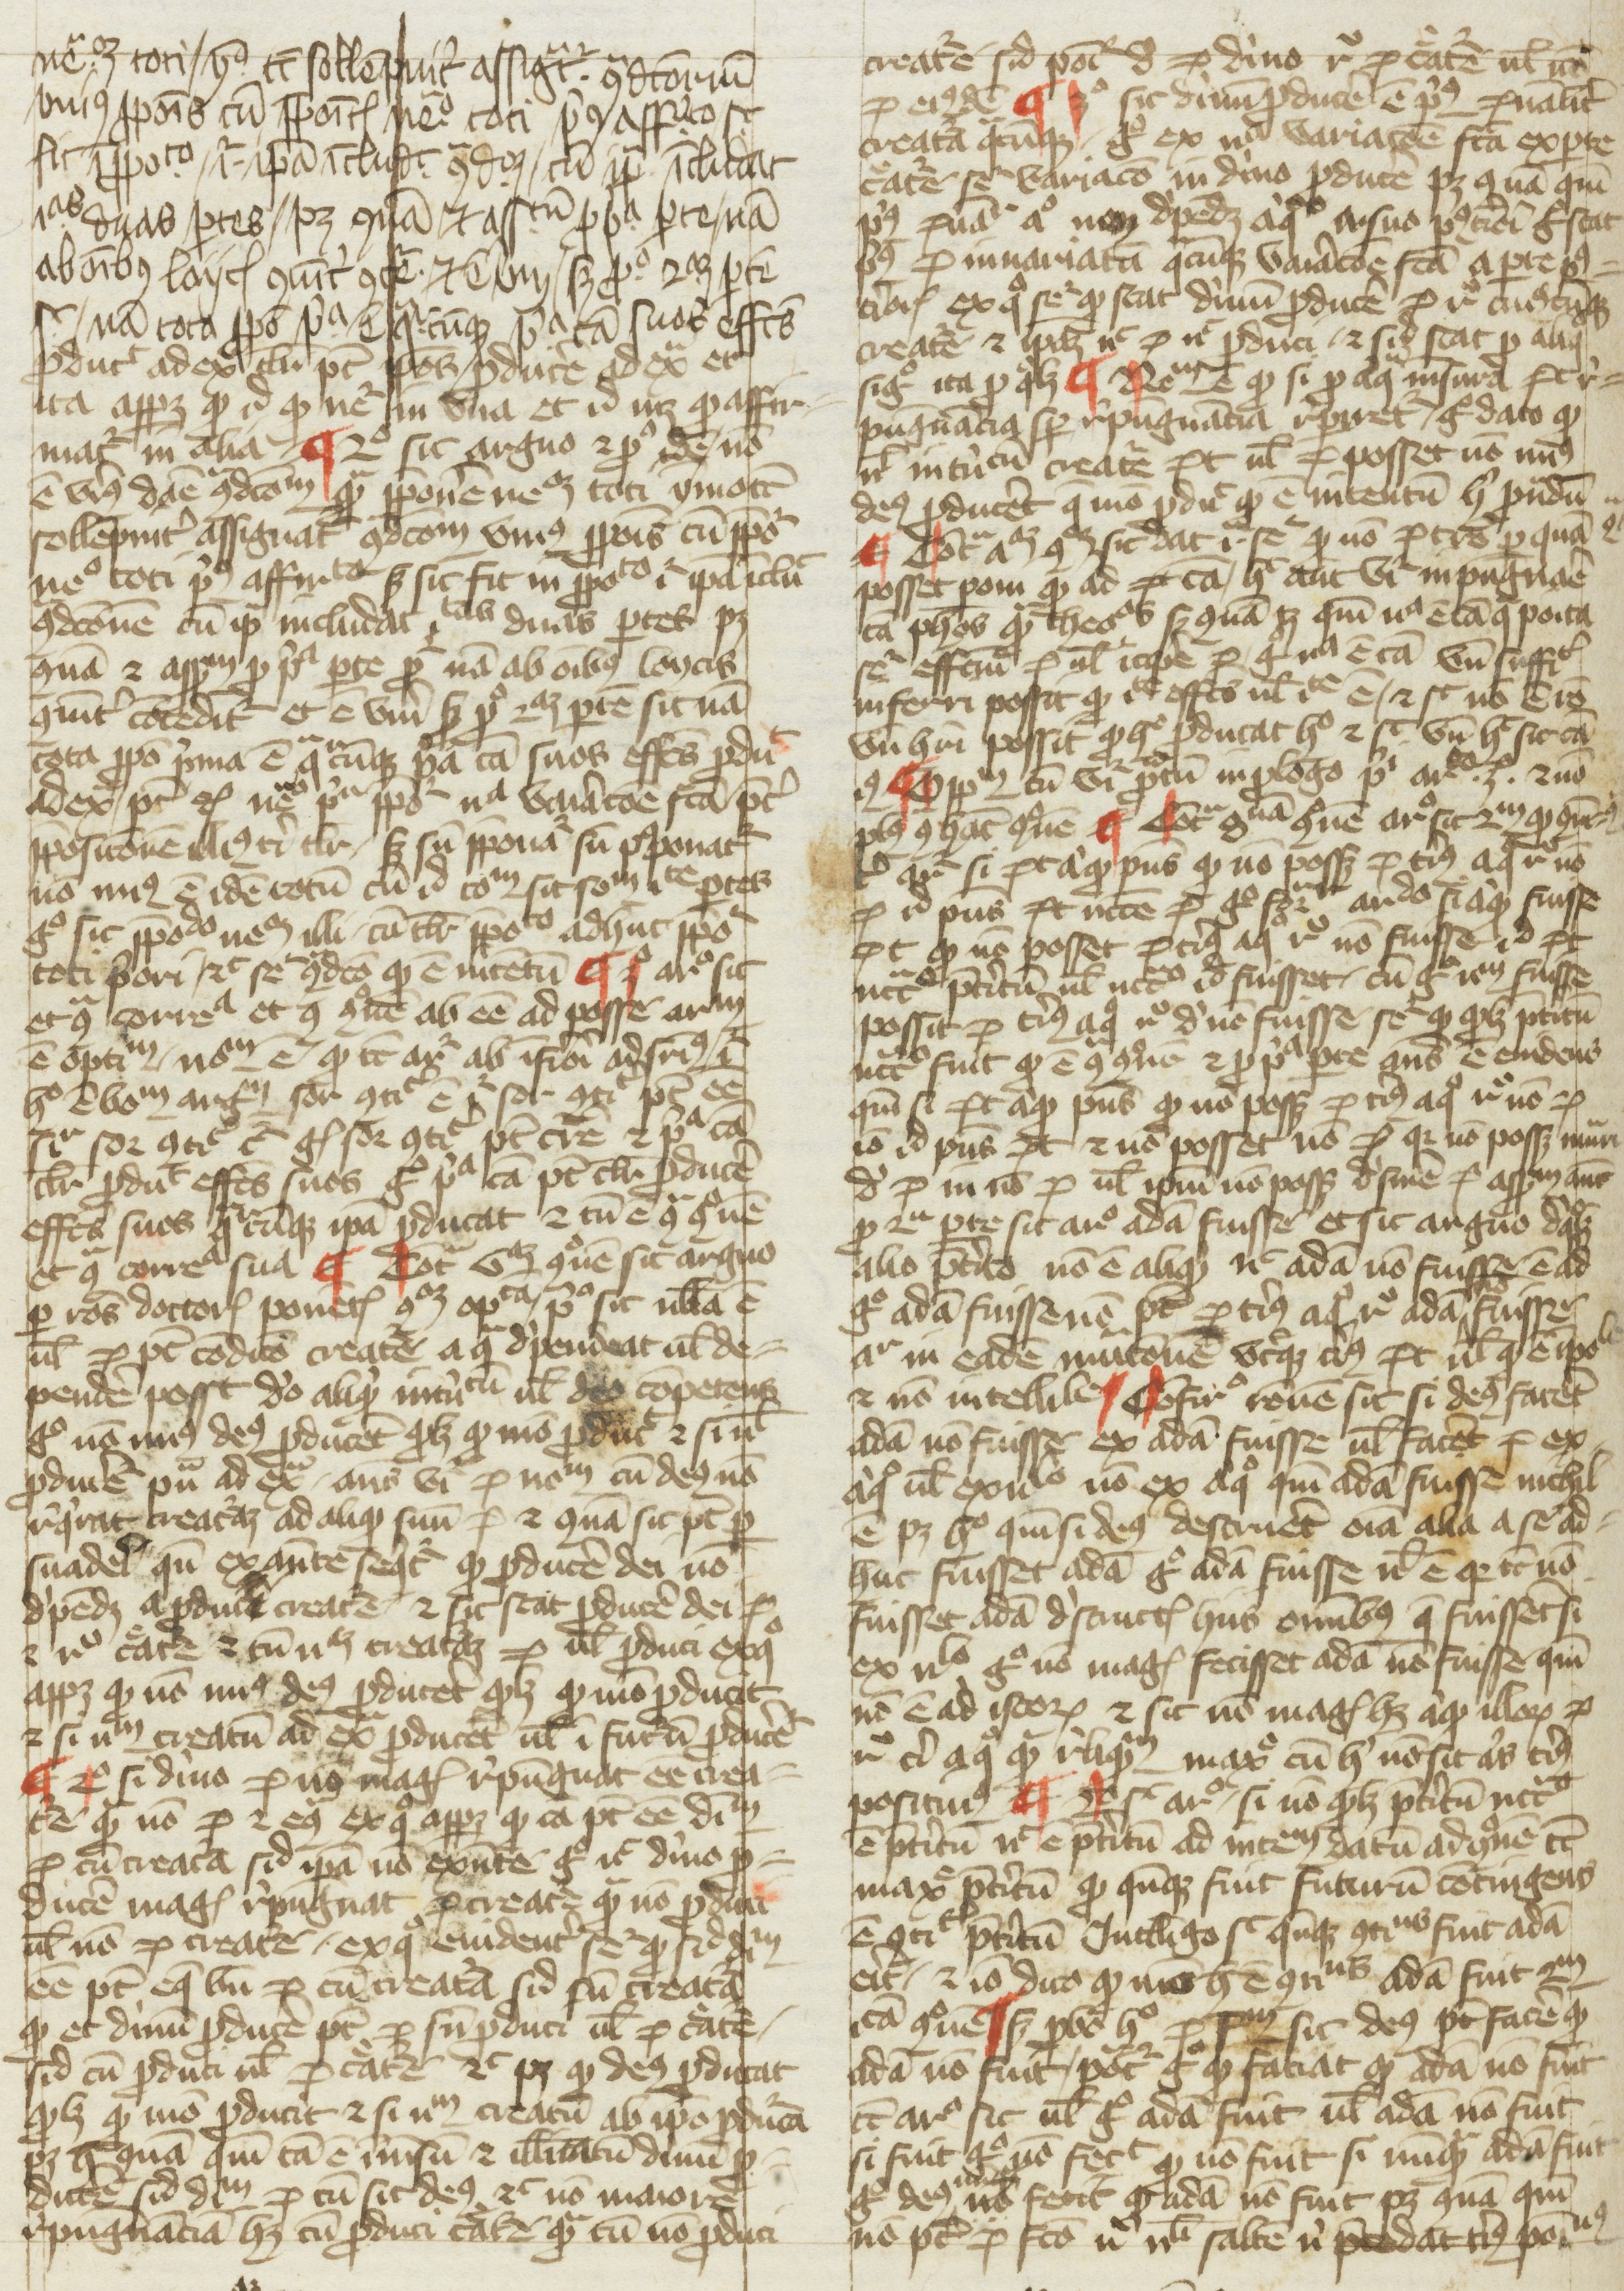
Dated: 1270–1399